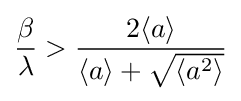
{\frac {\beta }{\lambda }}>{\frac {2\langle a\rangle }{\langle a\rangle +{\sqrt {\langle a^{2}\rangle }}}}